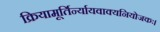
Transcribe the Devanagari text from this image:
क्रियामूर्तिर्न्यायवाक्यनियोजकः।